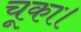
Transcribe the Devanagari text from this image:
चूका।